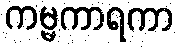
ကမ္မကာရကာ